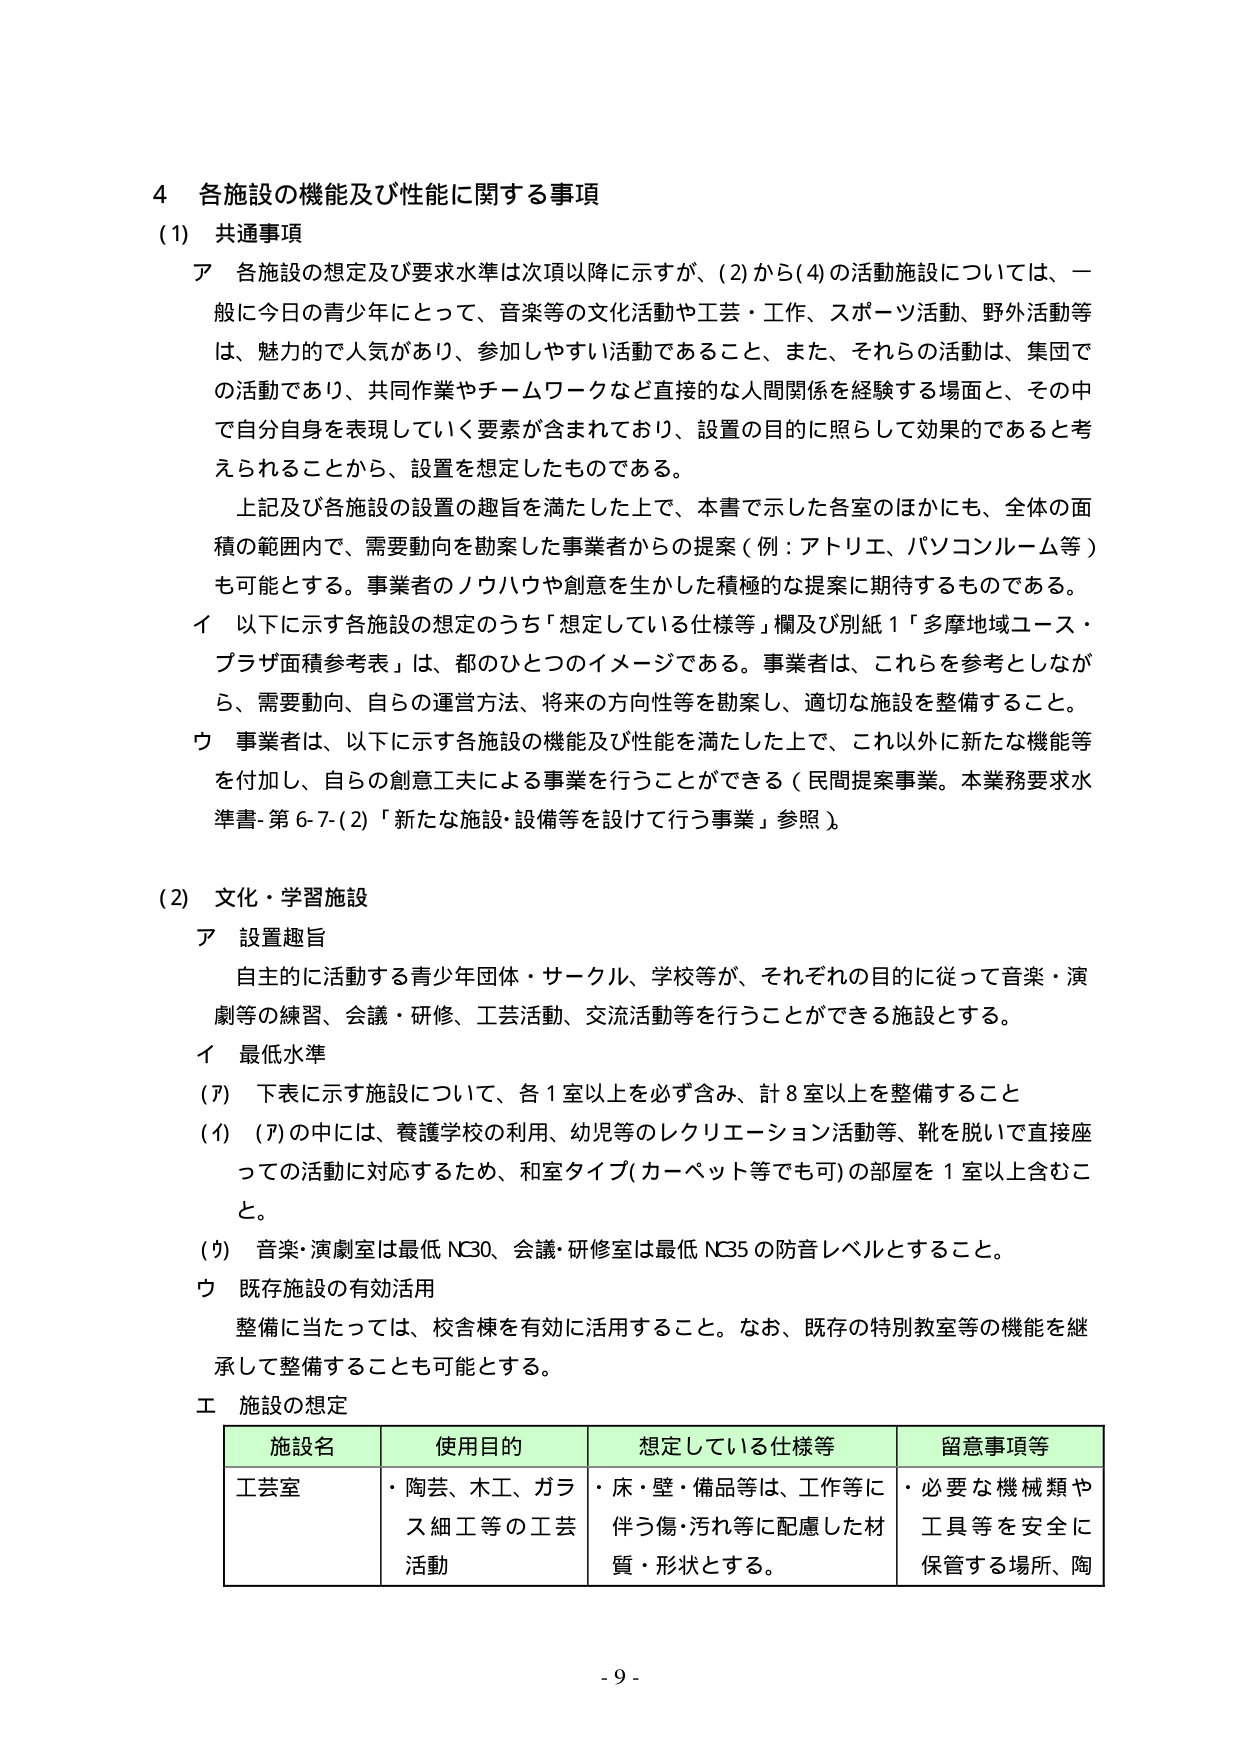
4 各施設の機能及び性能に関する事項
(1) 共通事項
ア 各施設の想定及び要求水準は次項以降に示すが、(2)から(4)の活動施設については、一般に今日の青少年にとって、音楽等の文化活動や工芸・工作、スポーツ活動、野外活動等は、魅力的で人気があり、参加しやすい活動であること、また、それらの活動は、集団での活動であり、共同作業やチームワークなど直接的な人間関係を経験する場面と、その中で自分自身を表現していく要素が含まれており、設置の目的に照らして効果的であると考えられることから、設置を想定したものである。
上記及び各施設の設置の趣旨を満たした上で、本書で示した各室のほかにも、全体の面積の範囲内で、需要動向を勘案した事業者からの提案（例：アトリエ、パソコンルーム等）も可能とする。事業者のノウハウや創意を生かした積極的な提案に期待するものである。
イ 以下に示す各施設の想定のうち「想定している仕様等」欄及び別紙1「多摩地域コース・プラザ面積参考表」は、都のひとつのイメージである。事業者は、これらを参考としながら、需要動向、自らの運営方法、将来の方向性等を勘案し、適切な施設を整備すること。
ウ 事業者は、以下に示す各施設の機能及び性能を満たした上で、これ以外に新たな機能等を付加し、自らの創意工夫による事業を行うことができる（民間提案事業。本業務要求水準書-第6-7-(2)「新たな施設・設備等を設けて行う事業」参照）。

(2) 文化・学習施設
ア 設置趣旨
自主的に活動する青少年団体・サークル、学校等が、それぞれの目的に従って音楽・演劇等の練習、会議・研修、工芸活動、交流活動等を行うことができる施設とする。
イ 最低水準
(ア) 下表に示す施設について、各1室以上を必ず含み、計8室以上を整備すること
(イ) (ア)の中には、養護学校の利用、幼児等のレクリエーション活動等、靴を脱いで直接座っての活動に対応するため、和室タイプ（カーペット等でも可）の部屋を1室以上含むこと。
(ウ) 音楽・演劇室は最低NC30、会議・研修室は最低NC35の防音レベルとすること。
ウ 既存施設の有効活用
整備に当たっては、校舎棟を有効に活用すること。なお、既存の特別教室等の機能を継承して整備することも可能とする。
エ 施設の想定

| 施設名 | 使用目的 | 想定している仕様等 | 留意事項等 |
|---------|----------|------------------|------------|
| 工芸室 | ・陶芸、木工、ガラス細工等の工芸活動 | ・床・壁・備品等は、工作等に伴う傷・汚れ等に配慮した材質・形状とする。 | ・必要な機械類や工具等を安全に保管する場所、陶 |

- 9 -